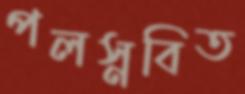
পলস্নবিত